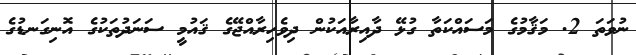
ނުވަތަ 2. މަޤާމުގެ މަސައްކަތާ ގުޅޭ ދާއިރާއަކުން ދިވެހިރާއްޖޭގެ ޤައުމީ ސަނަދުތަކުގެ އޮނިގަނޑުގެ